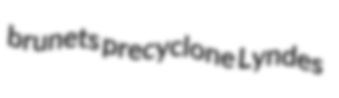
brunets precyclone Lyndes